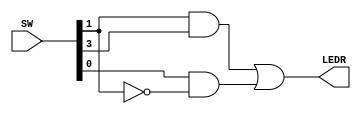
module part3(input [4:1]SW, output [0:0]LEDR);

	wire [3:0]x = SW;
	assign LEDR[0] = x[1] & x[3] | x[0] & ~x[1];
	
endmodule